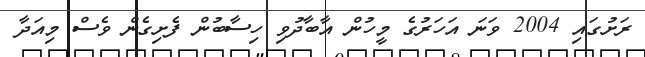
ރަށުގައި 2004 ވަނަ އަހަރުގެ މީހުން އާބާދުވި ހިސާބުން ފެށިގެން ވެސް މިއަދާ